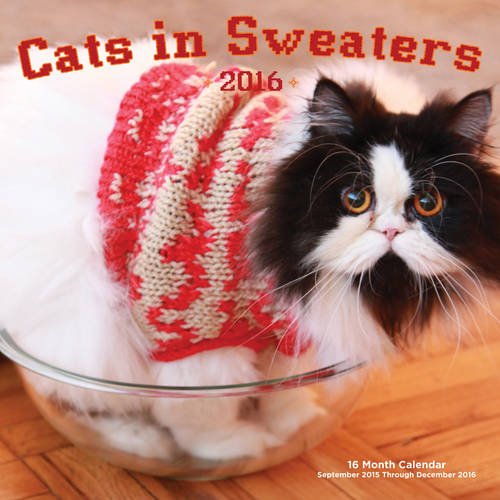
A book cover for Cats in Sweaters 2016: 16-Month Calendar September 2015 through December 2016; Editors of Rock Point; Calendars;